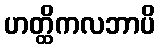
ဟတ္ထိကလဘာပိ